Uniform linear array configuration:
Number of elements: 48
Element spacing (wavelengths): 0.25
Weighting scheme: cosine
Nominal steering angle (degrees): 60
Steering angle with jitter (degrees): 60.943
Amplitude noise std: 0.05
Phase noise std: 0.05

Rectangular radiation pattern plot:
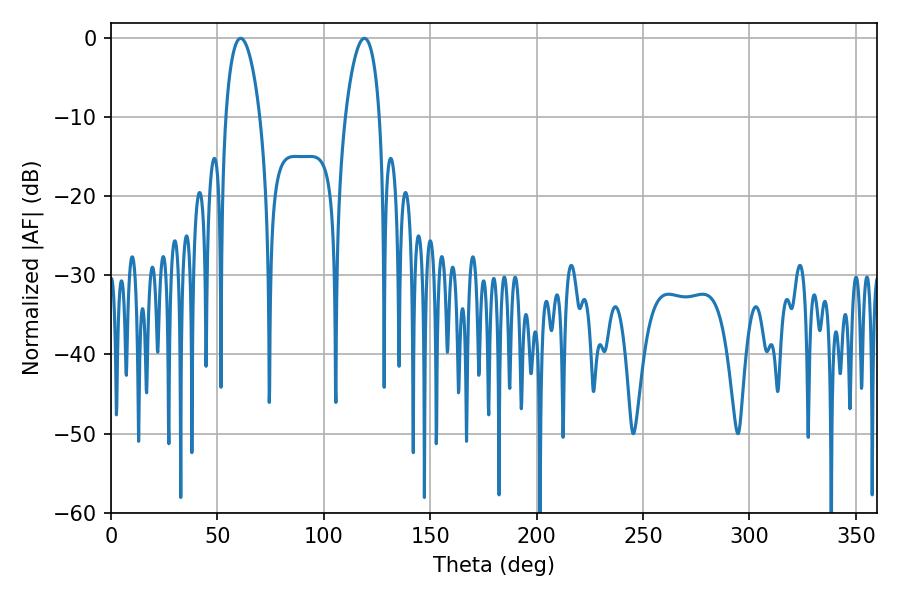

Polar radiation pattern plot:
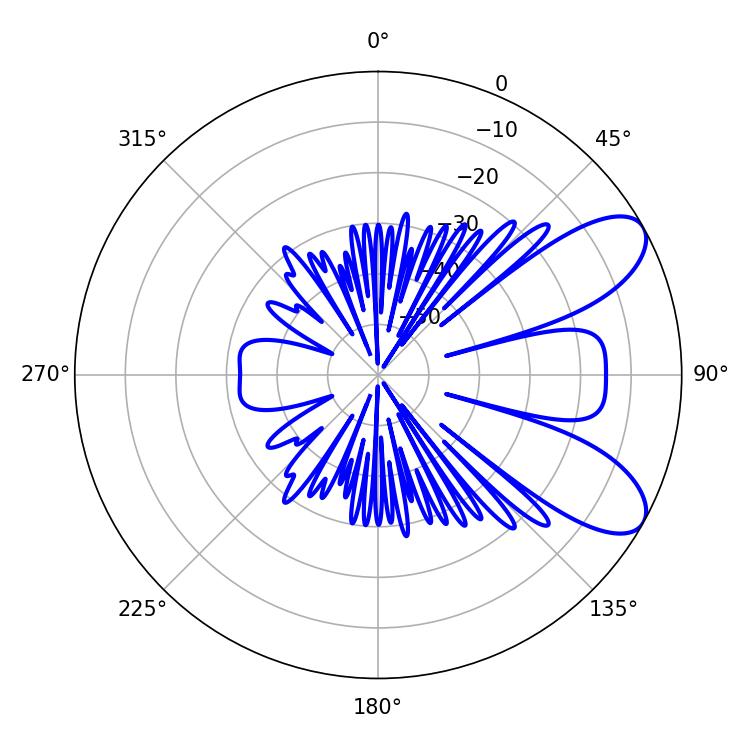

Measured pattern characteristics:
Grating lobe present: FALSE
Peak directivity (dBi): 8.11
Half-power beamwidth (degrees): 9.18
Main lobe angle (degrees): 60.84